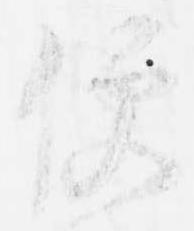
便